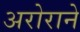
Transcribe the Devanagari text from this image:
अरोराने